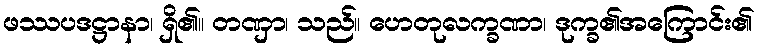
ဖဿပဒဋ္ဌာနာ၊ ရှိ၏။ တဏှာ၊ သည်။ ဟေတုလက္ခဏာ၊ ဒုက္ခ၏အကြောင်း၏